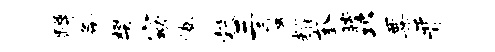
蹲各樊窈腾彀三蜃耀奎瞠邛粟晋